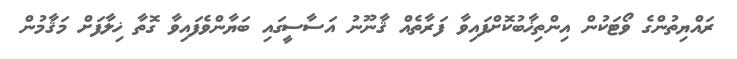
ރައްޔިތުންގެ ވޯޓަކުން އިންތިޚާބުކޮށްފައިވާ ފަރާތެއް ޤާނޫނު އަސާސީގައި ބަޔާންވެފައިވާ ގޮތާ ޚިލާފަށް މަޤާމުން